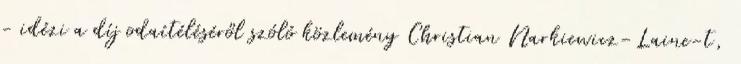
- idézi a díj odaítéléséről szóló közlemény Christian Narkiewicz-Laine-t,